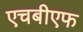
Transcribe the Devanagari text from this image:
एचबीएफ